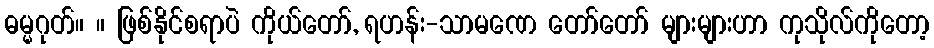
ဓမ္မဂုတ်။ ။ ဖြစ်နိုင်စရာပဲ ကိုယ်တော်, ရဟန်း-သာမဏေ တော်တော် များများဟာ ကုသိုလ်ကိုတော့